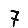
Digit: 7